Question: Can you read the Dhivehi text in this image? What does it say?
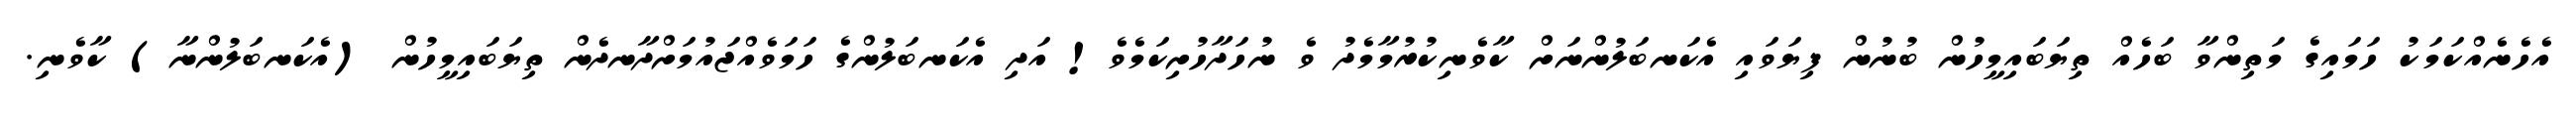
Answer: އެހެނެއްކަމަކު ހަމައިގެ މަތިންވާ ބަހެއް ތިޔަބައިމީހުން ބުނުން ފިޔަވައި އެކަނބަލުންނަށް ކާވެނިކުރުމާމެދު ވެ ނުހަދާހުށިކަމެވެ! އަދި އެކަނބަލުންގެ ހަމަވެއްޖައުމަށްދާނދެން ތިޔަބައިމީހުން (އެކަނބަލުންނާ) ކާވެނި.